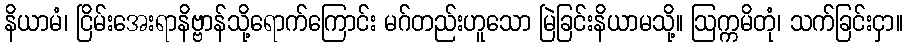
နိယာမံ၊ ငြိမ်းအေးရာနိဗ္ဗာန်သို့ရောက်ကြောင်း မဂ်တည်းဟူသော မြဲခြင်းနိယာမသို့။ ဩက္ကမိတုံ၊ သက်ခြင်းငှာ။